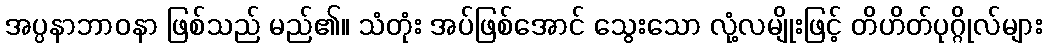
အပ္ပနာဘာဝနာ ဖြစ်သည် မည်၏။ သံတုံး အပ်ဖြစ်အောင် သွေးသော လုံ့လမျိုးဖြင့် တိဟိတ်ပုဂ္ဂိုလ်များ